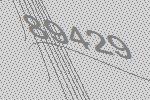
89429